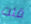
قلت